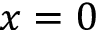
x = 0